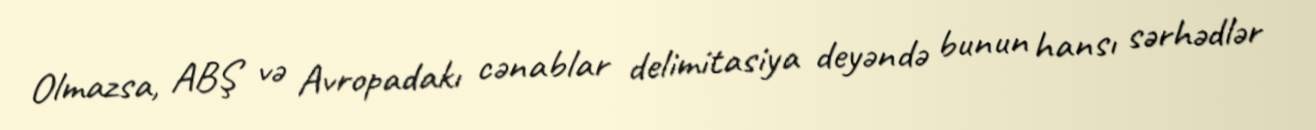
Olmazsa, ABŞ və Avropadakı cənablar delimitasiya deyəndə bunun hansı sərhədlər